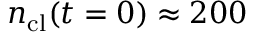
n _ { \mathrm { c l } } ( t = 0 ) \approx 2 0 0